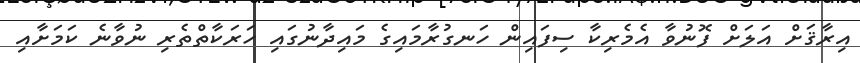
އިރާޤަށް އަލަށް ފޮނުވާ އެމެރިކާ ސިފައިން ހަނގުރާމައިގެ މައިދާނުގައި ހަރަކާތްތެރި ނުވާނެ ކަމަށާއި